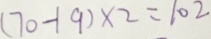
( 7 0 - 1 9 ) \times 2 = 1 0 2